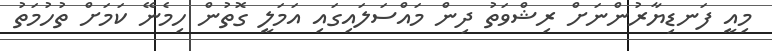
މިއީ ފަނޑިޔާރުންނަށް ރިޝްވަތު ދިން މައްސަލައިގައި އަމަލީ ގޮތުން ހިމެނޭ ކަމަށް ތުހުމަތު